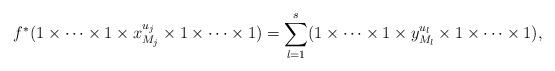
LaTeX: \begin{align*}f^*(1\times\cdots\times 1\times x_{M_j}^{u_j}\times 1\times\cdots\times 1)=\sum_{l=1}^s (1\times\cdots\times 1\times y_{M_l}^{u_l}\times 1\times\cdots\times 1), \end{align*}